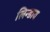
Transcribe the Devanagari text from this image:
लिन्डाव